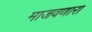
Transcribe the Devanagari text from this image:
माजवणारा